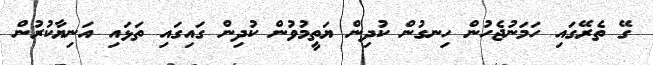
ގޭ ތެރޭގައި ހަމަނުޖެހުން ހިނގުން ކުދިން ޔަތީމުވުން ކުދިން ގައިގައި ތަޅައި އަނިޔާކުރުން